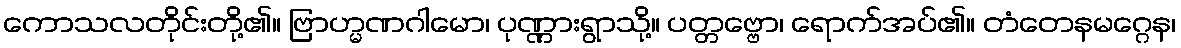
ကောသလတိုင်းတို့၏။ ဗြာဟ္မဏဂါမော၊ ပုဏ္ဏားရွာသို့။ ပတ္တဗ္ဗော၊ ရောက်အပ်၏။ တံတေနမဂ္ဂေန၊